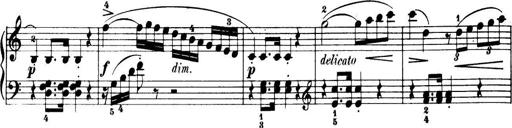
Title: 32 Sonatinas and Rondos for the Piano
Composer: Richard Kleinmichel